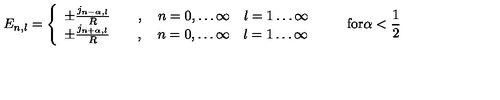
E _ { n , l } = \left\{ \begin{array} { l } { \pm \frac { j _ { n - \alpha , l } } { R } \qquad , \quad n = 0 , \ldots \infty \quad l = 1 \ldots \infty } \\ { \pm \frac { j _ { n + \alpha , l } } { R } \qquad , \quad n = 0 , \ldots \infty \quad l = 1 \ldots \infty } \\ \end{array} \right. \qquad \mathrm { f o r } \alpha < \frac { 1 } { 2 }